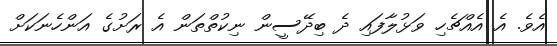
އެވެ. އެ އެއްޗެހި ވަޅުލާފައި ދެ ބިދޭސީން ނިކުތްތަން އެ ރަށުގެ އަންހެނަކަށް